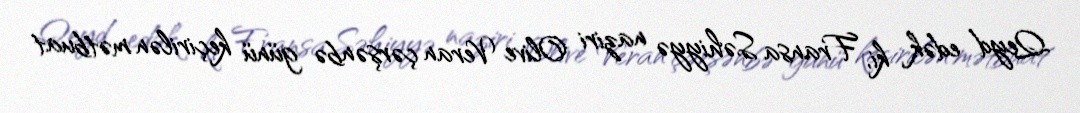
Qeyd edək ki, Fransa Səhiyyə naziri Olive Veran çərşənbə günü keçirilən mətbuat